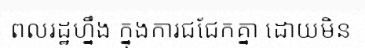
ពលរដ្ឋហ្នឹង ក្នុងការជជែកគ្នា ដោយមិន